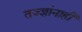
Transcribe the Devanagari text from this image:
तज्‍ज्ञांनाही